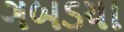
ગબડયા